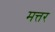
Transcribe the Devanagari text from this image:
मत्तर